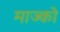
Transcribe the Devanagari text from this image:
माज्को